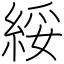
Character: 綏